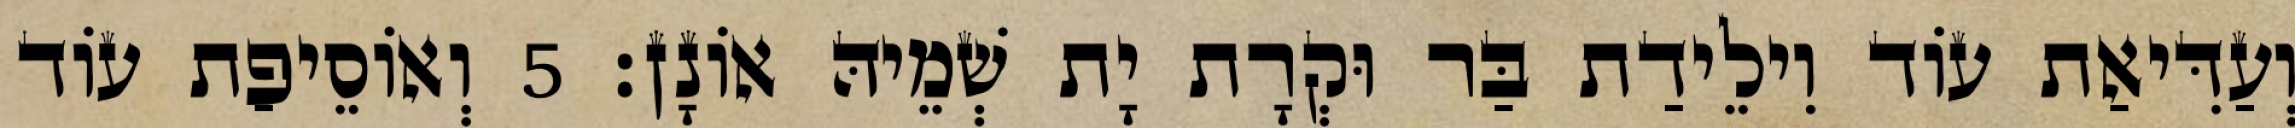
וְעַדִּיאַת עוֹד וִילֵידַת בַּר וּקְרָת יָת שְׁמֵיהּ אוֹנָן׃ 5 וְאוֹסֵיפַת עוֹד